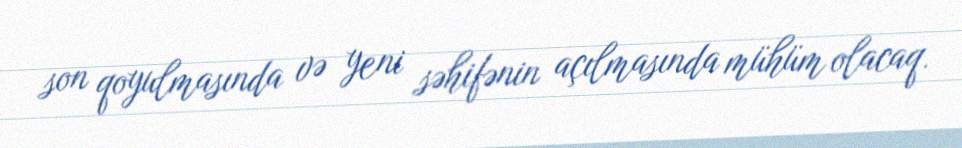
son qoyulmasında və yeni səhifənin açılmasında mühüm olacaq.